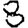
Digit: 8